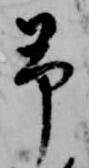
予